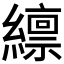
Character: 𫄊